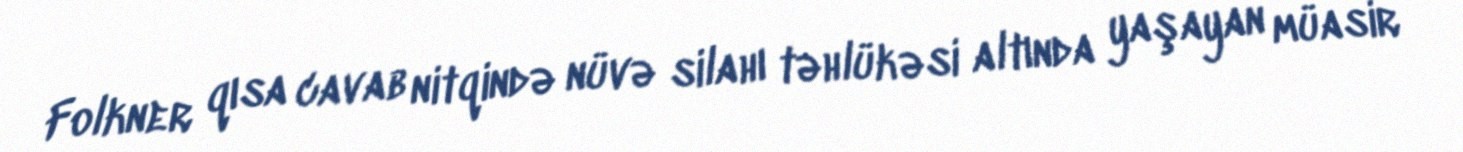
Folkner qısa cavab nitqində nüvə silahı təhlükəsi altında yaşayan müasir